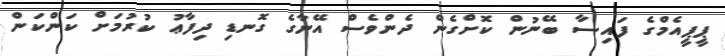
ޕީޕީއެމްގެ ފައިސާ ބޭނުން ކޮށްގެން ދެންވެސް އޭނާގެ ގޮނޑި ދިފާޢު ކުރުމަށް ކަންކަން